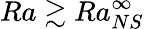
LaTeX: Ra\gtrsim Ra_{NS}^{\infty}